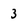
Character: 3